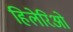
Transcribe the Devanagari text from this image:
हिलेरिओ